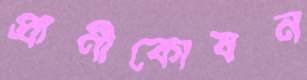
প্রাণীকোষন